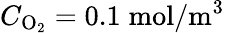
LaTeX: C_{\mathrm{O}_{2}}=0.1\; \mathrm{mol}/\mathrm{m}^{3}